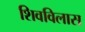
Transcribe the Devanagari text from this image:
शिवविलास